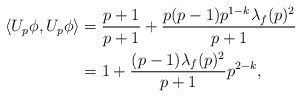
\begin{align*}\langle U_p \phi, U_p \phi \rangle &= \frac{p+1}{p+1} + \frac{p(p-1)p^{1-k}\lambda_f(p)^2}{p+1}\\ &= 1+ \frac{(p-1)\lambda_f(p)^2}{p+1}p^{2-k},\end{align*}